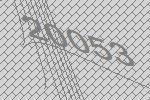
20053